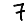
Digit: 7